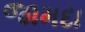
જામદા